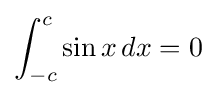
\int _{-c}^{c}\sin {x}\,dx=0